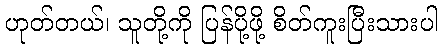
ဟုတ်တယ်၊ သူတို့ကို ပြန်ပို့ဖို့ စိတ်ကူးပြီးသားပါ